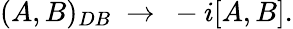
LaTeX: (A,B)_{DB}\ \to\ -i[A,B].